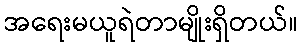
အရေးမယူရဲတာမျိုးရှိတယ်။